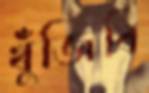
খুঁজিবি